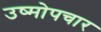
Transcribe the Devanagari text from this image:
उष्मोपचार